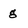
Character: g